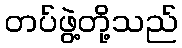
တပ်ဖွဲ့တို့သည်